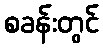
စခန်းတွင်